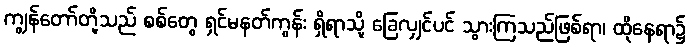
ကျွန်တော်တို့သည် စစ်တွေ ရှင်မနတ်ကွန်း ရှိရာသို့ ခြေလျှင်ပင် သွားကြသည်ဖြစ်ရာ၊ ထိုနေရာ၌